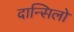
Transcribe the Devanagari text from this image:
दान्सिलो